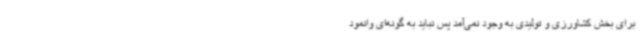
برای بخش کشاورزی و تولیدی به وجود نمی‌آمد پس نباید به گونه‌ای وانمود